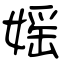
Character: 媱